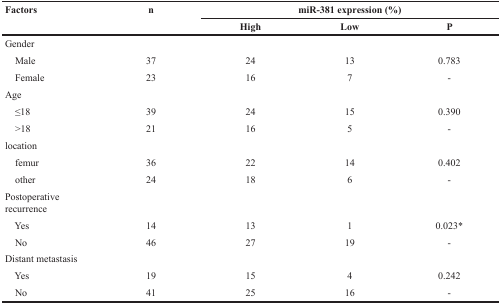
| <ROWSPAN=2> Factors | <ROWSPAN=2> n | <COLSPAN=3> miR-381 expression (%) |
 | High | Low | P |
 | --- | --- | --- | --- | --- |
 | Gender |  |  |  |  |
 | Male | 37 | 24 | 13 | 0.783 |
 | Female | 23 | 16 | 7 | - |
 | Age |  |  |  |  |
 | ≤18 | 39 | 24 | 15 | 0.390 |
 | >18 | 21 | 16 | 5 | - |
 | location |  |  |  |  |
 | femur | 36 | 22 | 14 | 0.402 |
 | other | 24 | 18 | 6 | - |
 | Postoperative recurrence |  |  |  |  |
 | Yes | 14 | 13 | 1 | 0.023* |
 | No | 46 | 27 | 19 | - |
 | Distant metastasis |  |  |  |  |
 | Yes | 19 | 15 | 4 | 0.242 |
 | No | 41 | 25 | 16 | - |